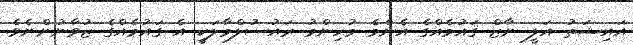
އައިޝަތު އަލީ ނާޒް ޤައުމެއްގެ އެންމެ މުހިންމު ރައުސުލްމާލަކީ އެ ގައުމެއްގެ ޒުވާނުންނެވެ.